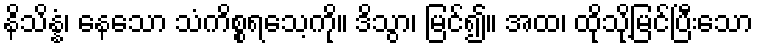
နိသိန္နံ၊ နေသော သံကိစ္စရသေ့ကို။ ဒိသွာ၊ မြင်၍။ အထ၊ ထိုသို့မြင်ပြီးသော